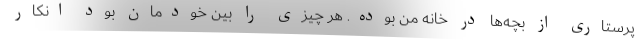
پرستاری از بچه‌ها در خانه من بوده. هر چیزی را بین خودمان بود انکار